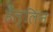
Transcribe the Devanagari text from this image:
हेल्लिन